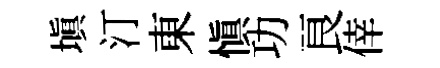
塡汀東愼功良倖